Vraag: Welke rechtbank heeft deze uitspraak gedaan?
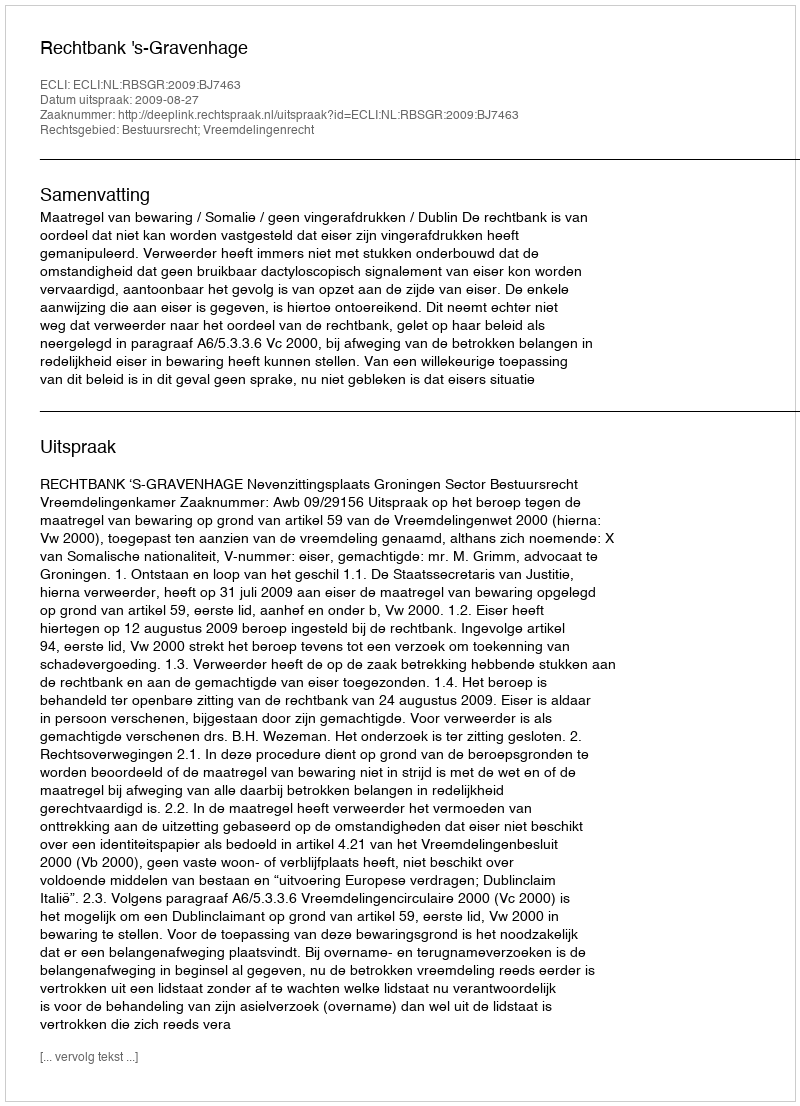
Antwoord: Rechtbank 's-Gravenhage